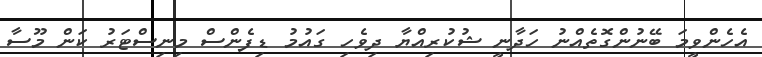
އެހެންވީމަ ބޭނުންގޮތެއްނު ހަދާނީ ޝުކުރިއްޔާ ދިވެހި ގައުމު ޑިފެންސް މިނިސްޓަރު ކަން މޫސާ